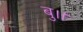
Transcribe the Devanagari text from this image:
बु।।